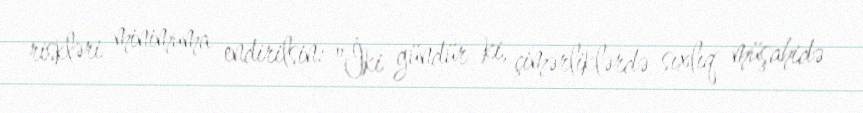
riskləri minimuma endirilsin: "İki gündür ki, çimərliklərdə sıxlıq müşahidə